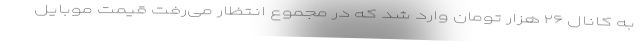
به کانال ۲۶ هزار تومان وارد شد که در مجموع انتظار می‌رفت قیمت موبایل